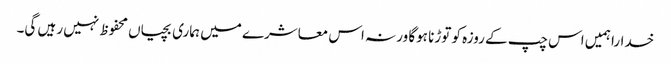
خدارا ہمیں اس چپ کے روزہ کو توڑنا ہوگا ورنہ اس معاشرے میں ہماری بچیاں محفوظ نہیں رہیں گی۔